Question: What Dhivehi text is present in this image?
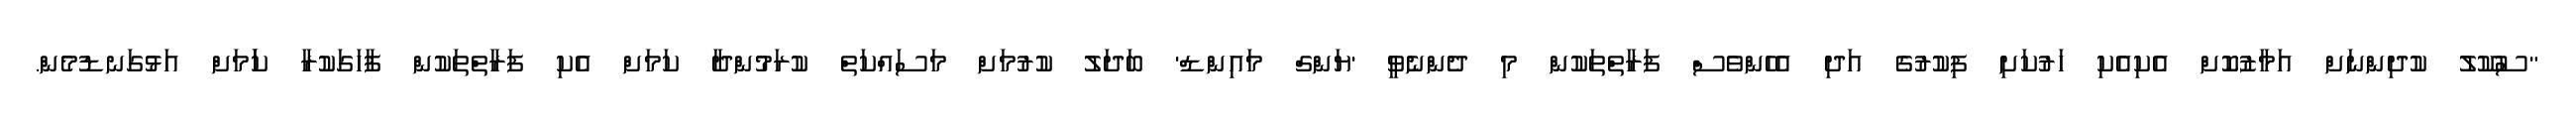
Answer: "ސުކޫލު ކުދިންނަށް އަމާޒުކޮށް އެކިއެކި ހަރުކަށި ފިކުރުގެ އަދި އެހެންވެސް ފަރާތްތަކުން މި ދެންނެވީ 'ޔަންގް މައިންޑް' ބަދަލު ކުރުމަށް މަސައްކަތް ކުރަމުންދާ ކަމަށް އެކި ފަރާތްތަކުން ފާހަގަކުރާ ކަަމަށް އަޅުގަނޑުމެން.